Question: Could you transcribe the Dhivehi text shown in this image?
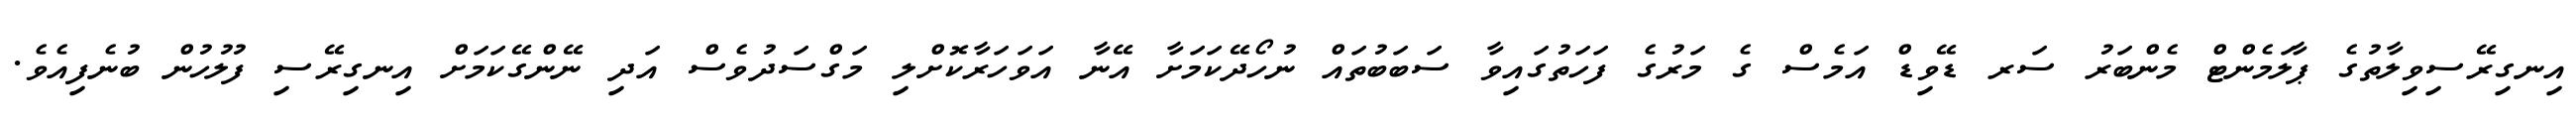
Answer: އިނގިރޭސިވިލާތުގެ ޕާލަމެންޓް މެންބަރު ސަރ ޑޭވިޑް އަމެސް ގެ މަރުގެ ފަހަތުގައިވާ ސަބަބުތައް ނުހޯދޭކަމަށާ އޭނާ އަވަހަރާކޮށްލި މަގްސަދުވެސް އަދި ނޭންގޭކަމަށް އިނގިރޭސި ފުލުހުން ބުނެފިއެވެ.